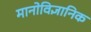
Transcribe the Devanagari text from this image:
मानोविज्ञानिक